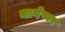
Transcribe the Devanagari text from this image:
नागेष्वर